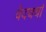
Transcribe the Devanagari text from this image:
वेदचर्चा